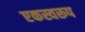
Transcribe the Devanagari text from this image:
एकस्वरूप